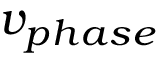
v _ { p h a s e }